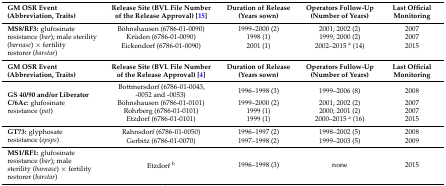
| GM OSR Event (Abbreviation, Traits) | Release Site (BVL File Number of the Release Approval) [15] | Duration of Release (Years sown) | Operators Follow-Up (Number of Years) | Last Official Monitoring |
 | --- | --- | --- | --- | --- |
 | <ROWSPAN=3> MS8/RF3: glufosinate resistance (bar); male sterility (barnase) × fertility restorer (barstar) | Böhnshausen (6786-01-0090) | 1999–2000 (2) | 2001; 2002 (2) | 2007 |
 | Krüden (6786-01-0090) | 1998 (1) | 1999; 2000 (2) | 2007 |
 | Eickendorf (6786-01-0090) | 2001 (1) | 2002–2015 a (14) | 2015 |
 | GM OSR Event (Abbreviation, Traits) | Release Site (BVL File Number of the Release Approval) [4] | Duration of Release (Years sown) | Operators Follow-Up (Number of Years) | Last Official Monitoring |
 | <ROWSPAN=4> GS 40/90 and/or Liberator C/6Ac: glufosinate resistance (pat) | Bottmersdorf (6786-01-0043, -0052 and -0053) | 1996–1998 (3) | 1999–2006 (8) | 2008 |
 | Böhnshausen (6786-01-0101) | 1999–2000 (2) | 2001; 2002 (2) | 2007 |
 | Rohrberg (6786-01-0101) | 1999 (1) | 2000; 2001 (2) | 2007 |
 | Etzdorf (6786-01-0101) | 1999 (1) | 2000–2015 a (16) | 2015 |
 | <ROWSPAN=2> GT73: glyphosate resistance (epsps) | Rahnsdorf (6786-01-0050) | 1996–1997 (2) | 1998–2002 (5) | 2008 |
 | Gerbitz (6786-01-0070) | 1997–1998 (2) | 1999–2003 (5) | 2009 |
 | MS1/RF1: glufosinate resistance (bar); male sterility (barnase) × fertility restorer (barstar) | Etzdorf b | 1996–1998 (3) | none | 2015 |